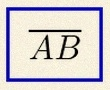
\overline{AB}